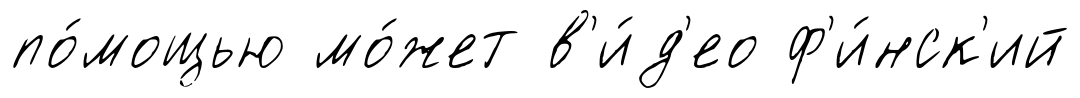
по́мощью мо́жет в'и́д'ео ф'и́нск'ий